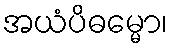
အယံပိဓမ္မော၊